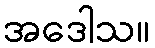
အဒေါသ။